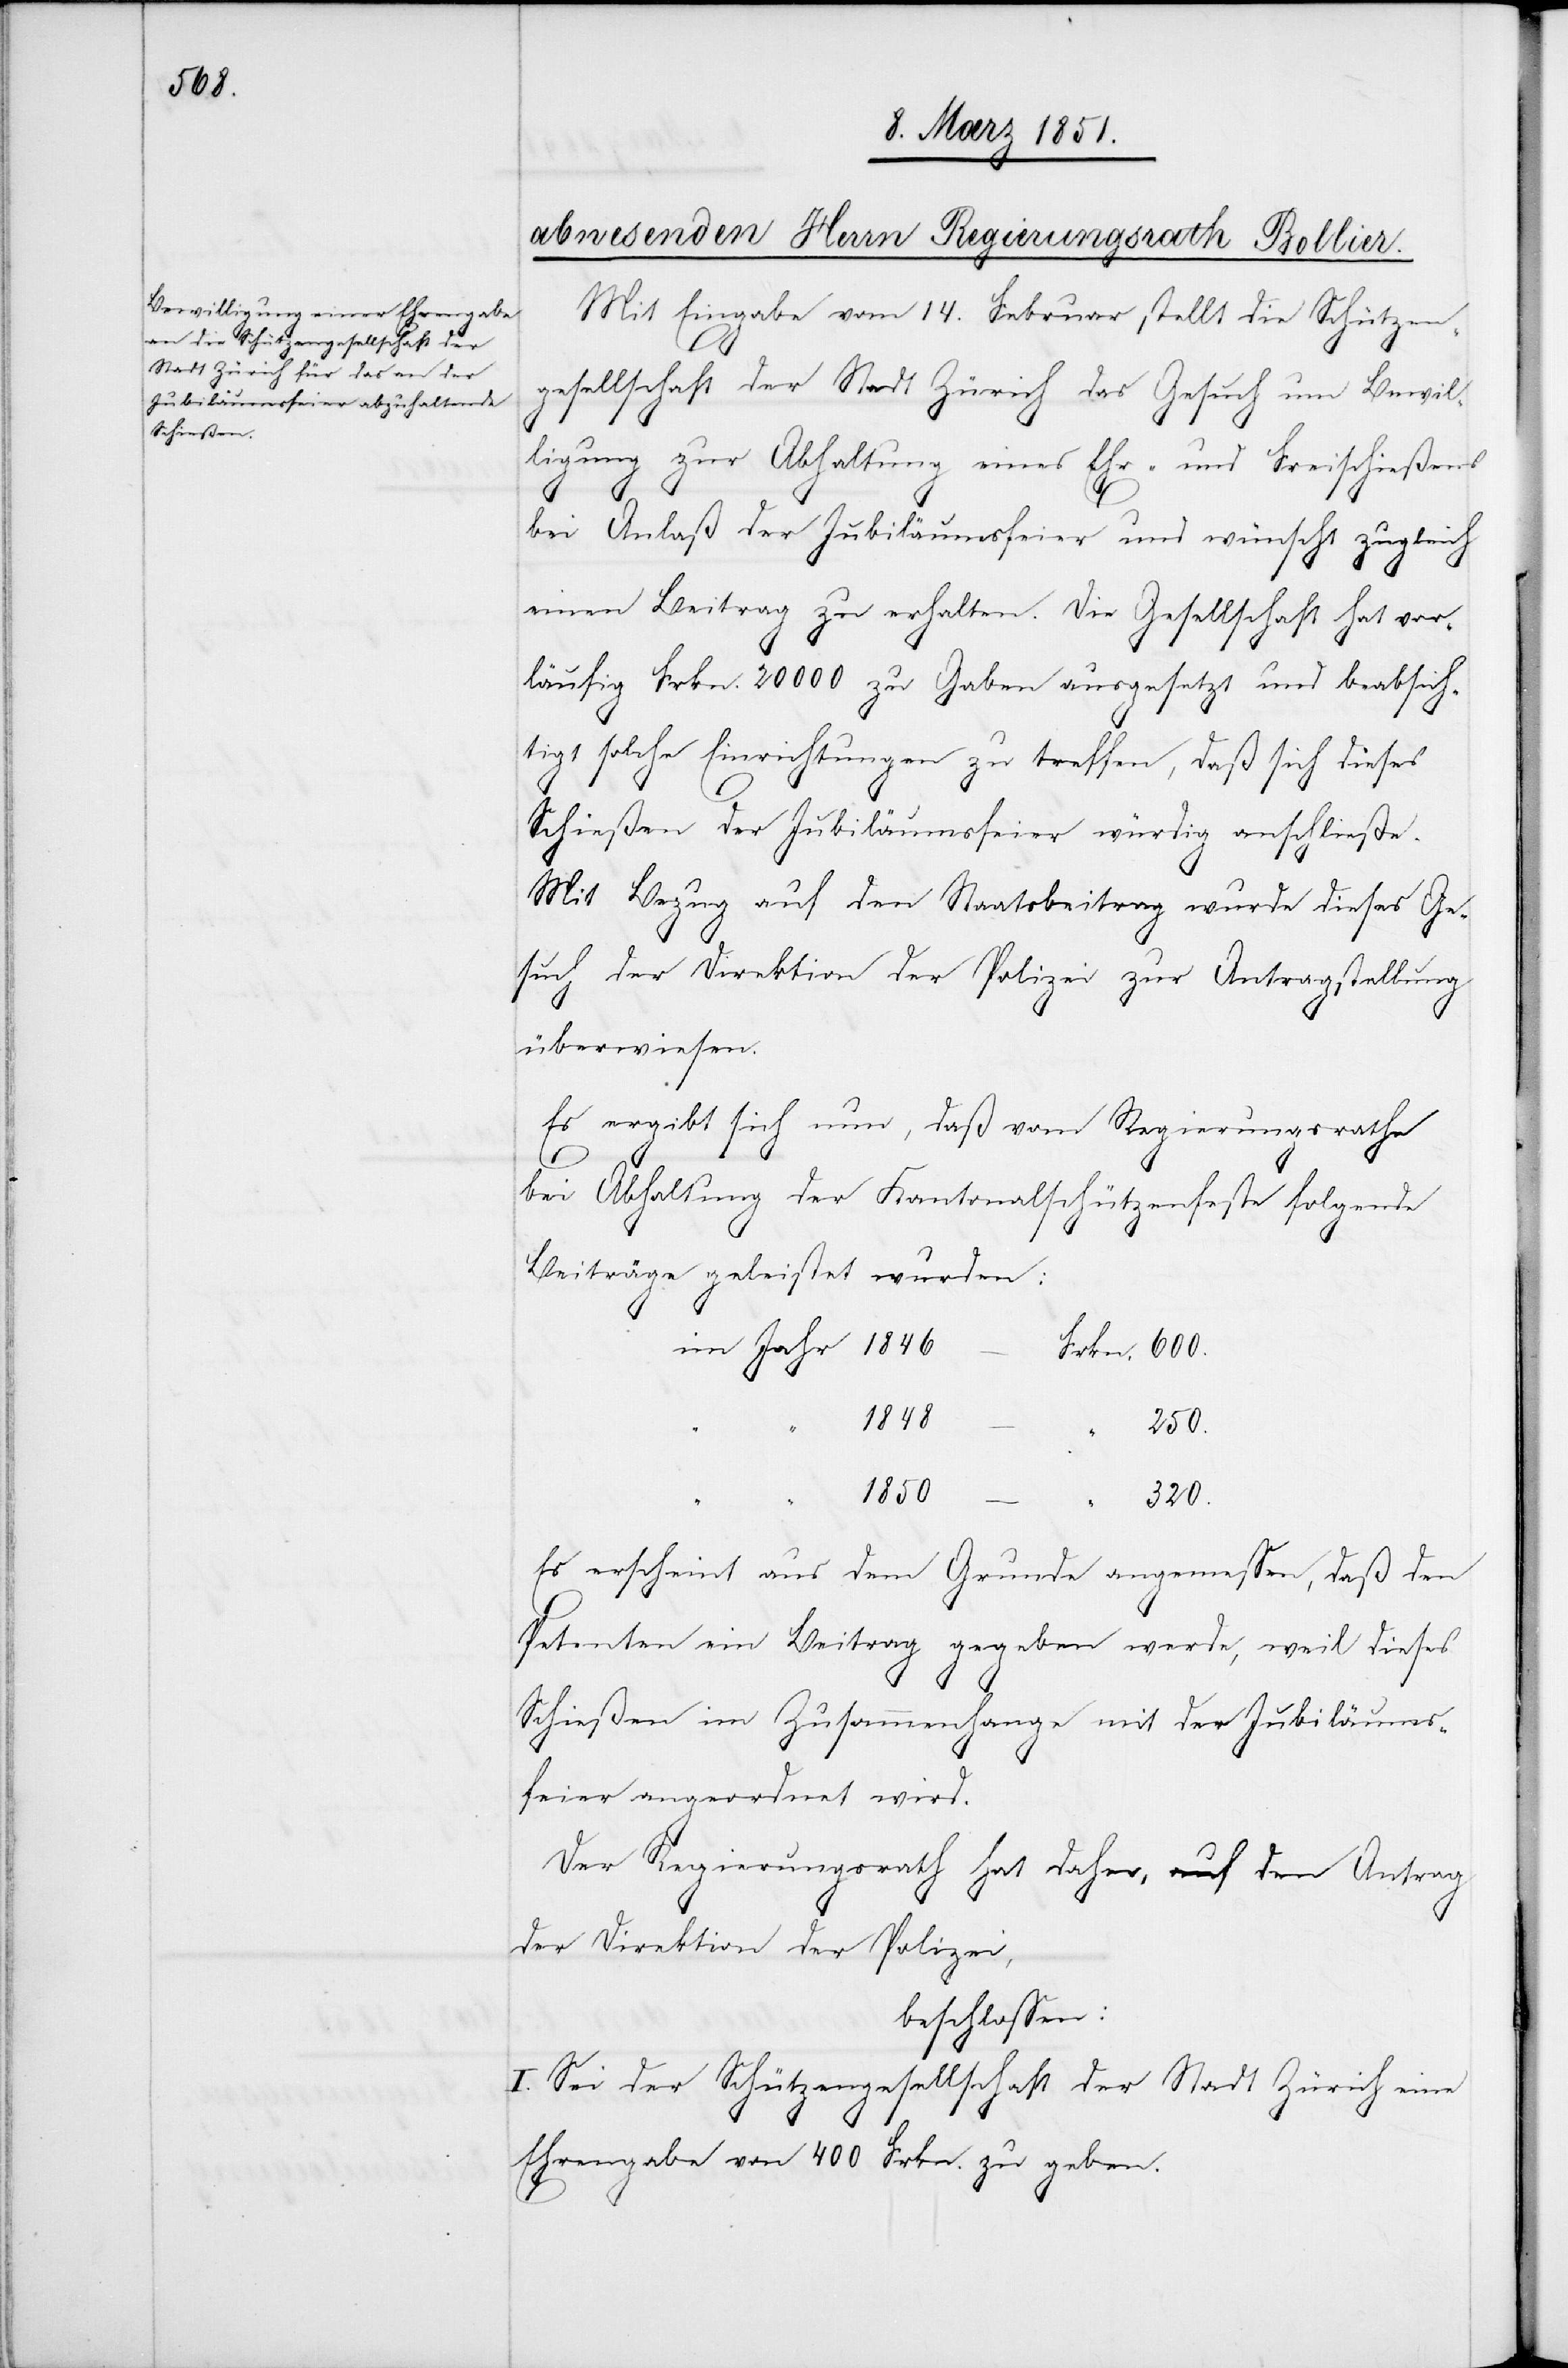
600.

Mit Eingabe vom 14. Februar stellt die Schützen¬
gesellschaft der Stadt Zürich das Gesuch um Bewil¬
ligung zur Abhaltung eines Ehr- und Freischießens
bei Anlaß der Jubiläumsfeier und wünscht zugleich
einen Beitrag zu erhalten. Die Gesellschaft hat vor¬
läufig Frkn. 20000 zu Gaben ausgesetzt und beabsich¬
tigt solche Einrichtungen zu treffen, daß sich dieses
Schießen der Jubiläumsfeier würdig anschließe.
Mit Bezug auf den Staatsbeitrag wurde dieses Ge¬
such der Direktion der Polizei zur Antragstellung
überwiesen.
Es ergibt sich nun, daß vom Regierungsrathe
bei Abhaltung der Kantonalschützenfeste folgende
Beiträge geleistet wurden:
1848
250.
1850
320.
Es erscheint aus dem Grunde angemessen, daß den
Petenten ein Beitrag gegeben werde, weil dieses
Schießen im Zusammenhange mit der Jubiläums¬
feier angeordnet wird.
Der Regierungsrath hat daher, auf den Antrag
der Direktion der Polizei,
beschlossen:
I. Sei der Schützengesellschaft der Stadt Zürich eine
Ehrengabe von 400 Frkn. zu geben.